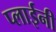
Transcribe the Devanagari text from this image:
प्लाईनी